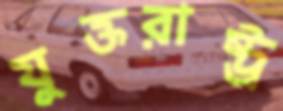
যুক্তরাষ্ট্র